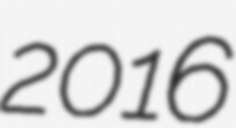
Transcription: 2016